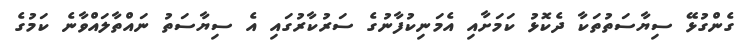
ގެންގުޅޭ ސިޔާސަތުތަކާ ދެކޮޅު ކަމަށާއި އެމަނިކުފާނުގެ ސަރުކާރުގައި އެ ސިޔާސަތު ނައްތާލައްވާނެ ކަމުގެ